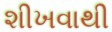
શીખવાથી